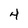
Character: 4